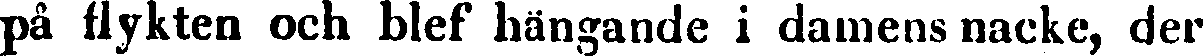
på flykten och blef hängande i damens nacke, der